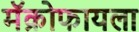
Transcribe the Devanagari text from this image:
मॅक्रोफायला